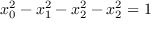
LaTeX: x _ { 0 } ^ { 2 } - x _ { 1 } ^ { 2 } - x _ { 2 } ^ { 2 } - x _ { 2 } ^ { 2 } = 1